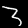
Label: 3